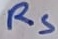
Text: RS